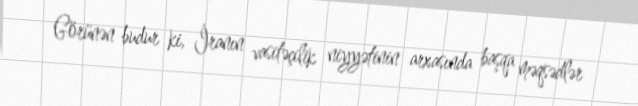
Görünən budur ki, İranın vasitəçilik niyyətinin arxasında başqa məqsədlər